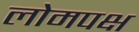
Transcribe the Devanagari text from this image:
लोमपक्ष